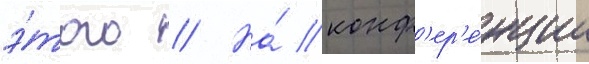
э́того // На́ конф'ер'е́нции